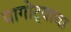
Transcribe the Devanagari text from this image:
पागोट्याचा